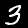
Digit: 3